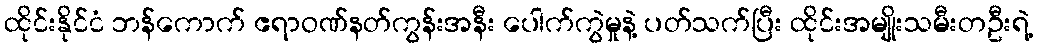
ထိုင်းနိုင်ငံ ဘန်ကောက် ဧရာဝဏ်နတ်ကွန်းအနီး ပေါက်ကွဲမှုနဲ့ ပတ်သက်ပြီး ထိုင်းအမျိုးသမီးတဦးရဲ့